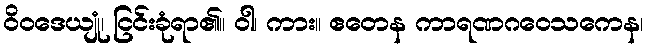
ဝိဝဒေယျုံ၊ ငြင်းခုံရာ၏။ ဝါ၊ ကား။ ဧတေန ကာရဏဂဝေသကေန၊